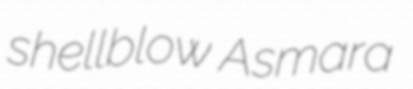
shellblow Asmara